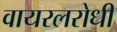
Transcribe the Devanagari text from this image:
वायरलरोधी